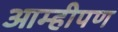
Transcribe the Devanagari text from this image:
आम्हीपण